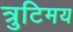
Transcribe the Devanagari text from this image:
त्रुटिमय